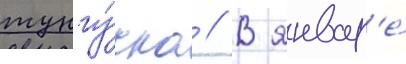
тунгу́ска // В январ'е́